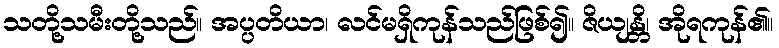
သတို့သမီးတို့သည်။ အပ္ပတိယာ၊ လင်မရှိကုန်သည်ဖြစ်၍။ ဇိယျန္တိ၊ အိုရကုန်၏။